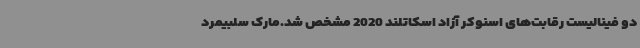
دو فینالیست رقابت‌های اسنوکر آزاد اسکاتلند 2020 مشخص شد.مارک سلبیمرد